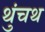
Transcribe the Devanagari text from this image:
थुंचथ